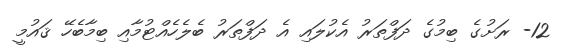
12- ރަށުގެ ބިމުގެ ދަފްތަރު އެކުލައި އެ ދަފްތަރު ބެލެހެއްޓުމާއި ބިމާބެހޭ ޤައުމީ